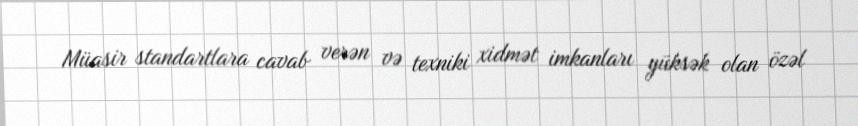
Müasir standartlara cavab verən və texniki xidmət imkanları yüksək olan özəl